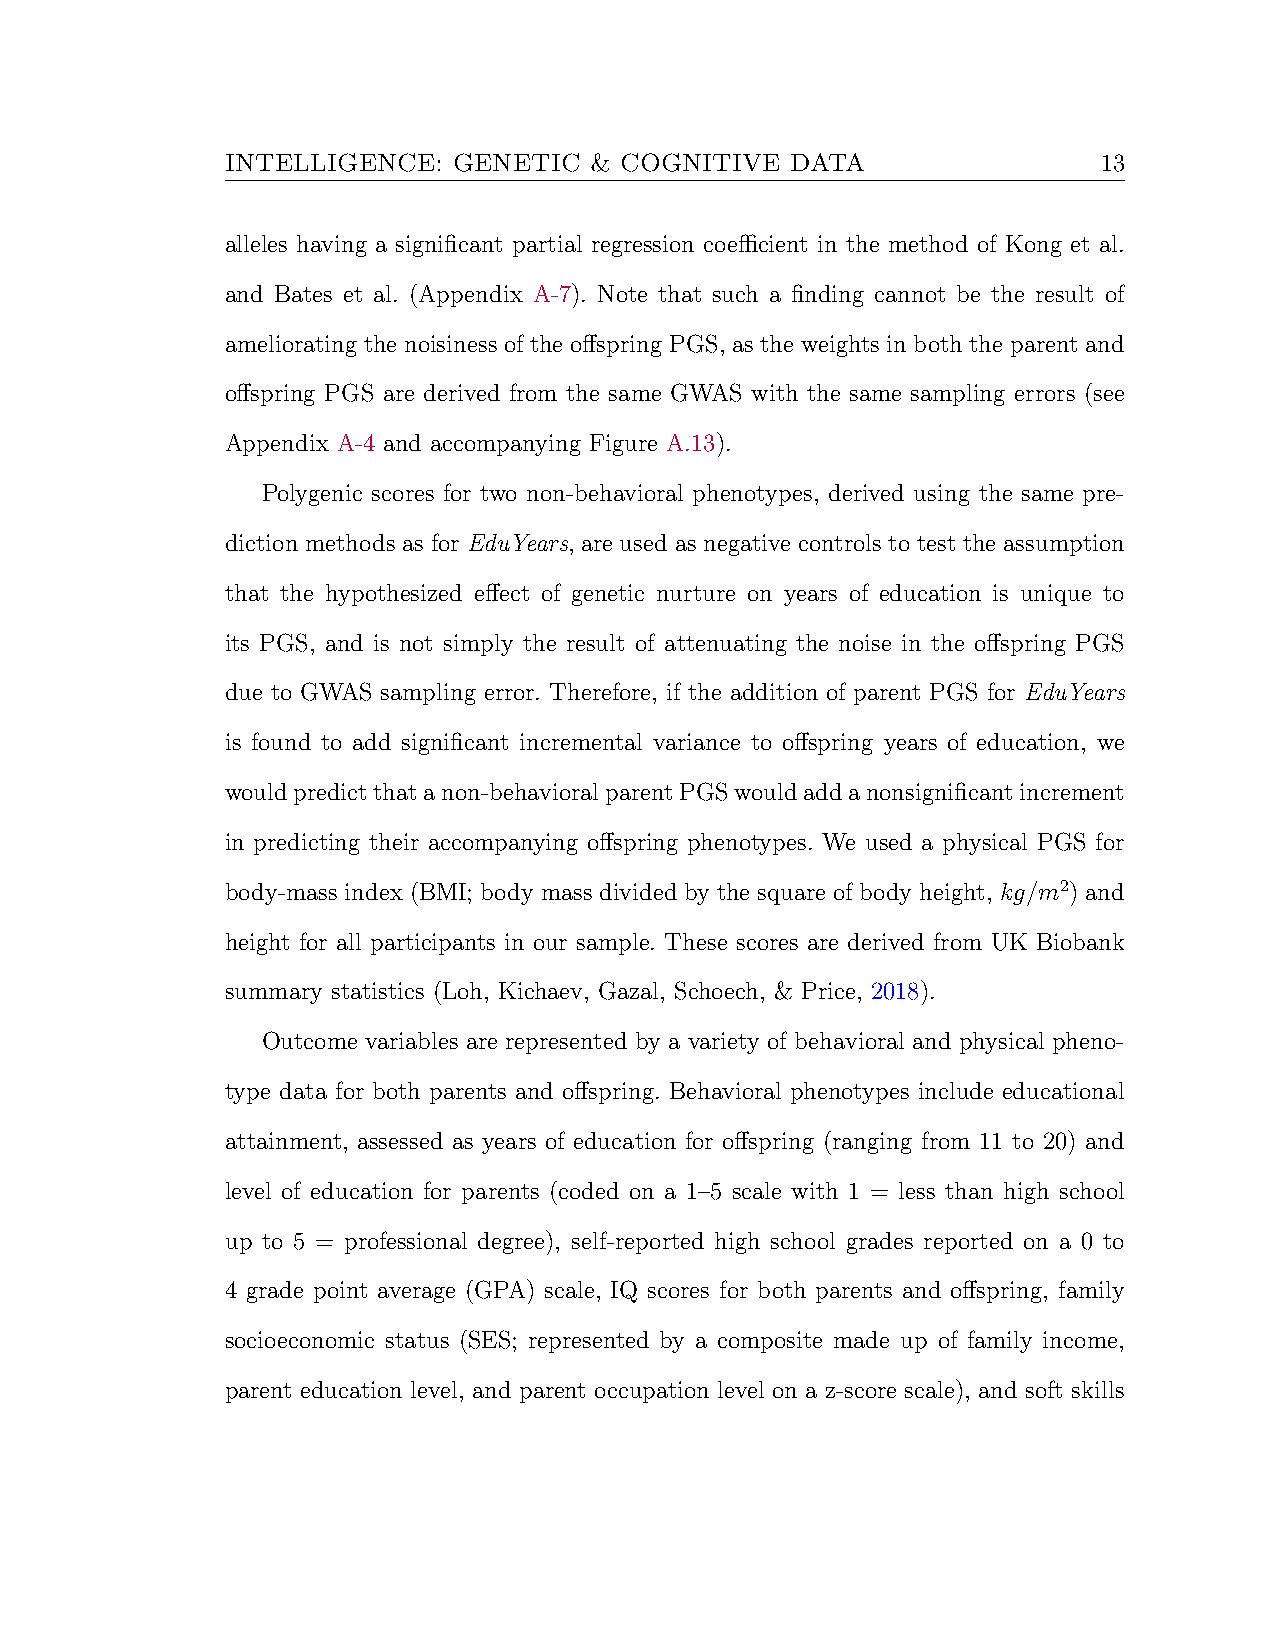
INTELLIGENCE:  GENETIC  & COGNITIVE  DATA                 13
 alleles having a significant partial regression coefficient in the method of Kong et al.
 and Bates et al. (Appendix A-7). Note that such a finding cannot be the result of
 ameliorating the noisiness of the offspring PGS, as the weights in both the parent and
 offspring PGS are derived from the same GWAS with the same sampling errors (see
 Appendix A-4 and accompanying Figure A.13).
 Polygenic scores for two non-behavioral phenotypes, derived using the same pre-
 diction methods as for EduYears, are used as negative controls to test the assumption
 that the hypothesized effect of genetic nurture on years of education is unique to
 its PGS, and is not simply the result of attenuating the noise in the offspring PGS
 due to GWAS sampling error. Therefore, if the addition of parent PGS for EduYears
 is found to add significant incremental variance to offspring years of education, we
 wouldpredictthatanon-behavioralparentPGSwouldaddanonsignificantincrement
 in predicting their accompanying offspring phenotypes. We used a physical PGS for
 body-mass index (BMI; body mass divided by the square of body height, kg/m2) and
 height for all participants in our sample. These scores are derived from UK Biobank
 summary statistics (Loh, Kichaev, Gazal, Schoech, & Price, 2018).
 Outcome variables are represented by a variety of behavioral and physical pheno-
 type data for both parents and offspring. Behavioral phenotypes include educational
 attainment, assessed as years of education for offspring (ranging from 11 to 20) and
 level of education for parents (coded on a 1–5 scale with 1 = less than high school
 up to 5 = professional degree), self-reported high school grades reported on a 0 to
 4 grade point average (GPA) scale, IQ scores for both parents and offspring, family
 socioeconomic status (SES; represented by a composite made up of family income,
 parent education level, and parent occupation level on a z-score scale), and soft skills